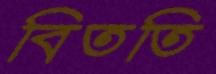
বিততি